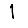
Digit: 1